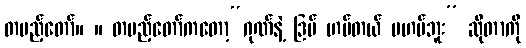
တပည့်တော်။ ။ တပည့်တော်ကတော့“ဂုဏ်နဲ့ ဒြပ် ဟပ်တယ် မဟပ်ဘူး” ဆိုတာကို